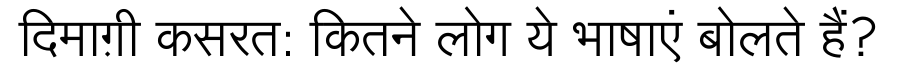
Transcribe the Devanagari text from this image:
दिमाग़ी कसरत: कितने लोग ये भाषाएं बोलते हैं?